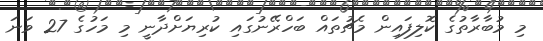
މި މުބާރާތުގެ ކޮލިފައިން މެޗުތައް ބަހްރޭނުގައި ކުރިޔަށްދާނީ މި މަހުގެ 27 ވަނަ